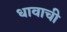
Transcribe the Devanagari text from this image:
धावाची